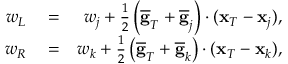
\begin{array} { r l r } { w _ { L } } & { { } = } & { w _ { j } + \frac { 1 } { 2 } \left( \overline { { \bf g } } _ { T } + \overline { { \bf g } } _ { j } \right) \cdot ( { \bf x } _ { T } - { \bf x } _ { j } ) , } \\ { w _ { R } } & { { } = } & { w _ { k } + \frac { 1 } { 2 } \left( \overline { { \bf g } } _ { T } + \overline { { \bf g } } _ { k } \right) \cdot ( { \bf x } _ { T } - { \bf x } _ { k } ) , } \end{array}